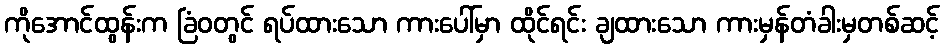
ကိုအောင်ထွန်းက ခြံဝတွင် ရပ်ထားသော ကားပေါ်မှာ ထိုင်ရင်း ချထားသော ကားမှန်တံခါးမှတစ်ဆင့်